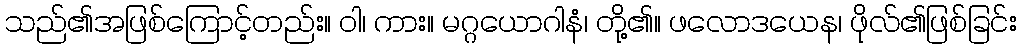
သည်၏အဖြစ်ကြောင့်တည်း။ ဝါ၊ ကား။ မဂ္ဂယောဂါနံ၊ တို့၏။ ဖလောဒယေန၊ ဖိုလ်၏ဖြစ်ခြင်း